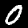
Digit: 0